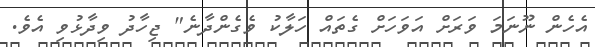
އެހެން ނޫނަމަ ވަރަށް އަވަހަށް ގެތައް ހަލާކު ވެގެންދާނެ" ޖިހާދު ވިދާޅުވި އެވެ.